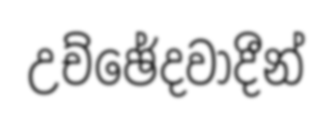
උච්ඡේදවාදීන්